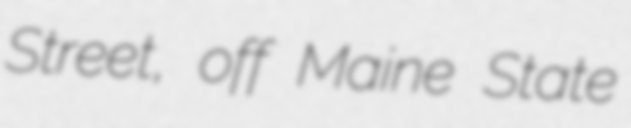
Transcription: Street, off Maine State